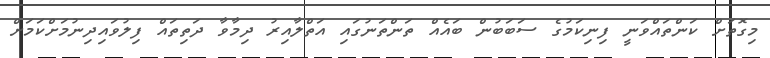
މިގޮތަށް ކަންތައްވަނީ ފިނިކަމުގެ ސަބަބުން ބައެއް ތަންތަނުގައި އަތްލާއިރު ދިމާވާ ދަތިތައް ފިލުވައިދިނުމަށްކަމަށް